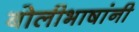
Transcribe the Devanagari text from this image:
बोलीभाषांनी